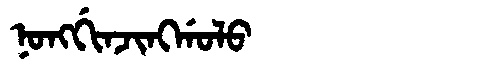
Manchu: ᠨᠣᠩᡤᡳᠨᠵᡳᠩᡤᠣᠯᠣ
Romanization: NONGGINJINGGOLO